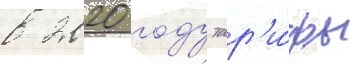
в 2020 году тар'и́фы